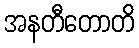
အနတီတောတိ